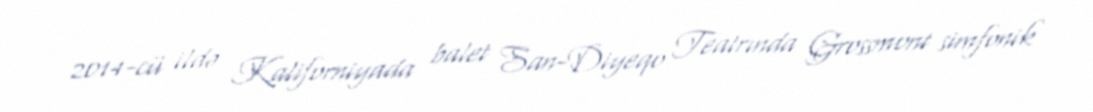
2014-cü ildə Kaliforniyada balet San-Diyeqo Teatrında Grossmont simfonik